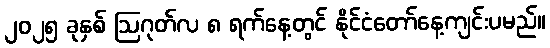
၂၀၂၅ ခုနှစ် ဩဂုတ်လ ၈ ရက်နေ့တွင် နိုင်ငံတော်နေ့ကျင်းပမည်။